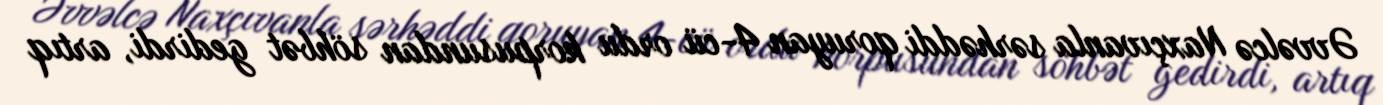
Əvvəlcə Naxçıvanla sərhəddi qoruyan 4-cü ordu korpusundan söhbət gedirdi, artıq